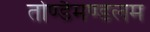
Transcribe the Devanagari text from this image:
तोण्डैमण्डलम